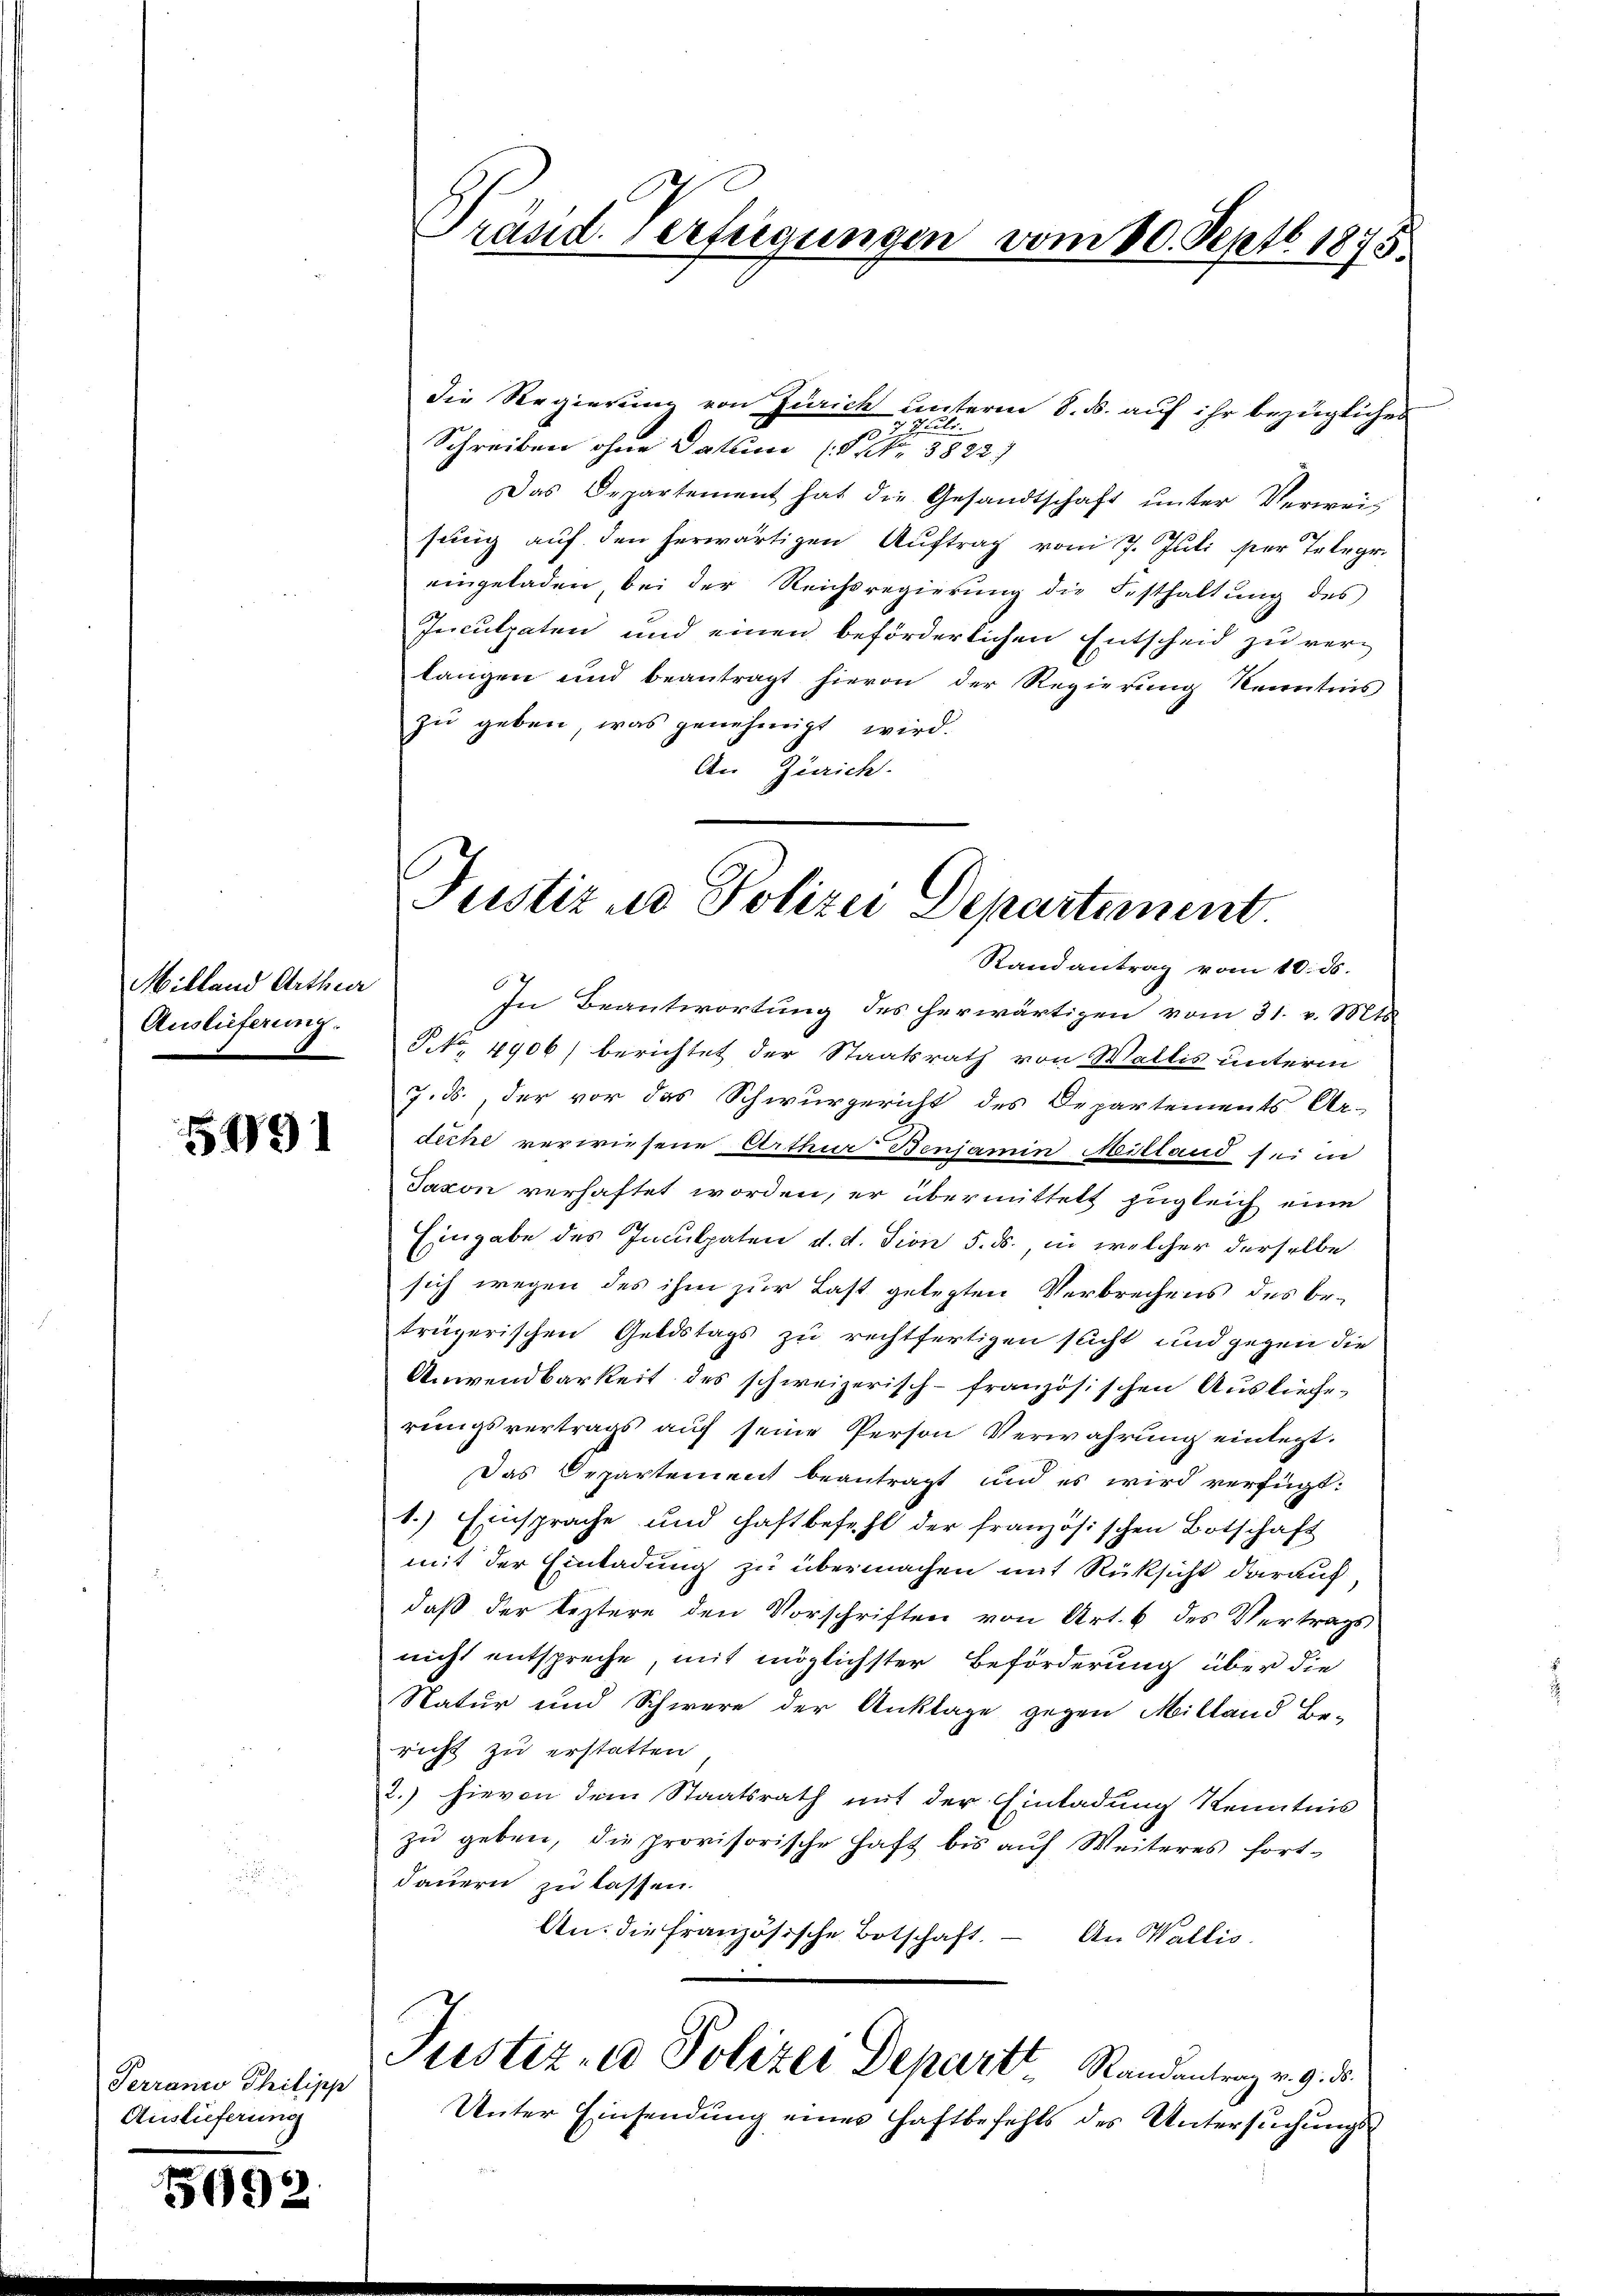
Mitland Arthur
Auslieferung

5191

Terranco Philipp
Auslieferung

5092

Die Regierung von Zürich unterm 8. ds. auf ihr bezügliches
37 Juli.
Schreiben ohne Datum (P. Nr. 3822)
Das Departement hat die Gesandtschaft ŭnter Verwei
sung auf den herwärtigen Auftrag vom 7. Juli per Telegr
eingeladen bei der Reichsregierŭng die Festhaltŭng des
Inculpaten und einen beförderlichen Entscheid zu verlangen und beantragt hievon der Regierung Kenntnis
zu geben, was genehmigt wird.
An Zürich.
Randantrag vom 10. ds.
In Beantwortung des herwärtigen vom 31. v. Mts.
No. 4906) berichtet der Staatsrath von Wallis unterm
7.ds., der vor das Schwurgericht des Departements Ar-
dicke verwiesene Arthur Benjamin Mitland sei in
Jaxon verhaftet worden, er übermittelt zugleich eine
Eingabe des Inculpaten d. d. Tion 5. ds., in welcher derselbe
sich wegen des ihm zur Last gelegten Verbrechens des betrügerischen Geldstags zu rechtfertigen sucht und gegen die
Anwendbarkeit des schweizerisch-französischen Ausliefe
rungsvertrags auf seine Person Verwahrung einlegt.
Das Departement beantragt und es wird verfügt:
1.) Einsprache und Haftbefehl der französischen Botschaft
mit der Einladung zu übermachen mit Rüksicht darauf,
daß der leztere den Vorschriften von Art. 6 des Vertrags
nicht entspreche, mit möglichster Beförderung über die
Natur und Schwere der Anklage gegen Milland Be-
richt zu erstatten
2.) hievon dem Staatsrath mit der Einladung Kenntnis
zŭ geben, die provisorische Haft bis aŭf Weiteres fort-
dauern zu lassen.
An: die französische Botschaft.
An Wallis.
Justiz- u Polizei Depart Randantrag v. 9. d.
Unter Einsendung einer Haftbefehls des Untersuchungs¬

Präsid. erfügungen vom 20. Septb. 1875

Justiz & Polizei Departement